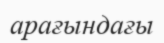
арағындағы